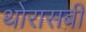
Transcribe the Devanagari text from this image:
थोरासबी